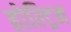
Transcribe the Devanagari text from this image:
होल्ट्रिम